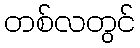
တစ်လတွင်